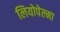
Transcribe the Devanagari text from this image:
लियोपेल्मा